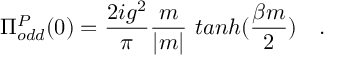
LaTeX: \Pi _ { o d d } ^ { P } ( 0 ) = \frac { 2 i g ^ { 2 } } { \pi } \frac { m } { | m | } ~ t a n h ( \frac { \beta m } { 2 } ) ~ ~ ~ .